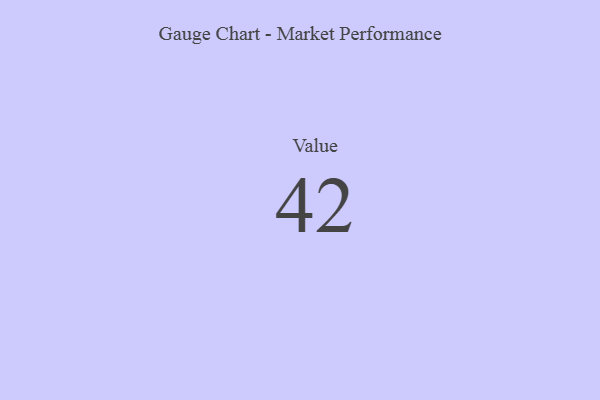
{"axis": {"x": "Metric", "y": "Value"}, "legend": [""], "data": [{"x": "Value", "y": 42, "type": ""}]}